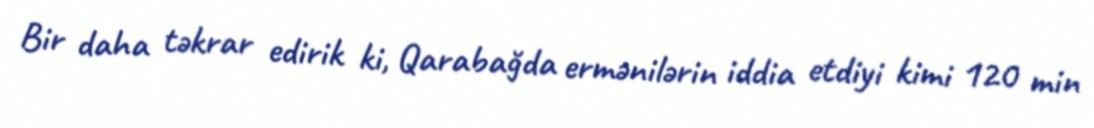
Bir daha təkrar edirik ki, Qarabağda ermənilərin iddia etdiyi kimi 120 min